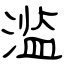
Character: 滥